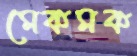
মেকমক